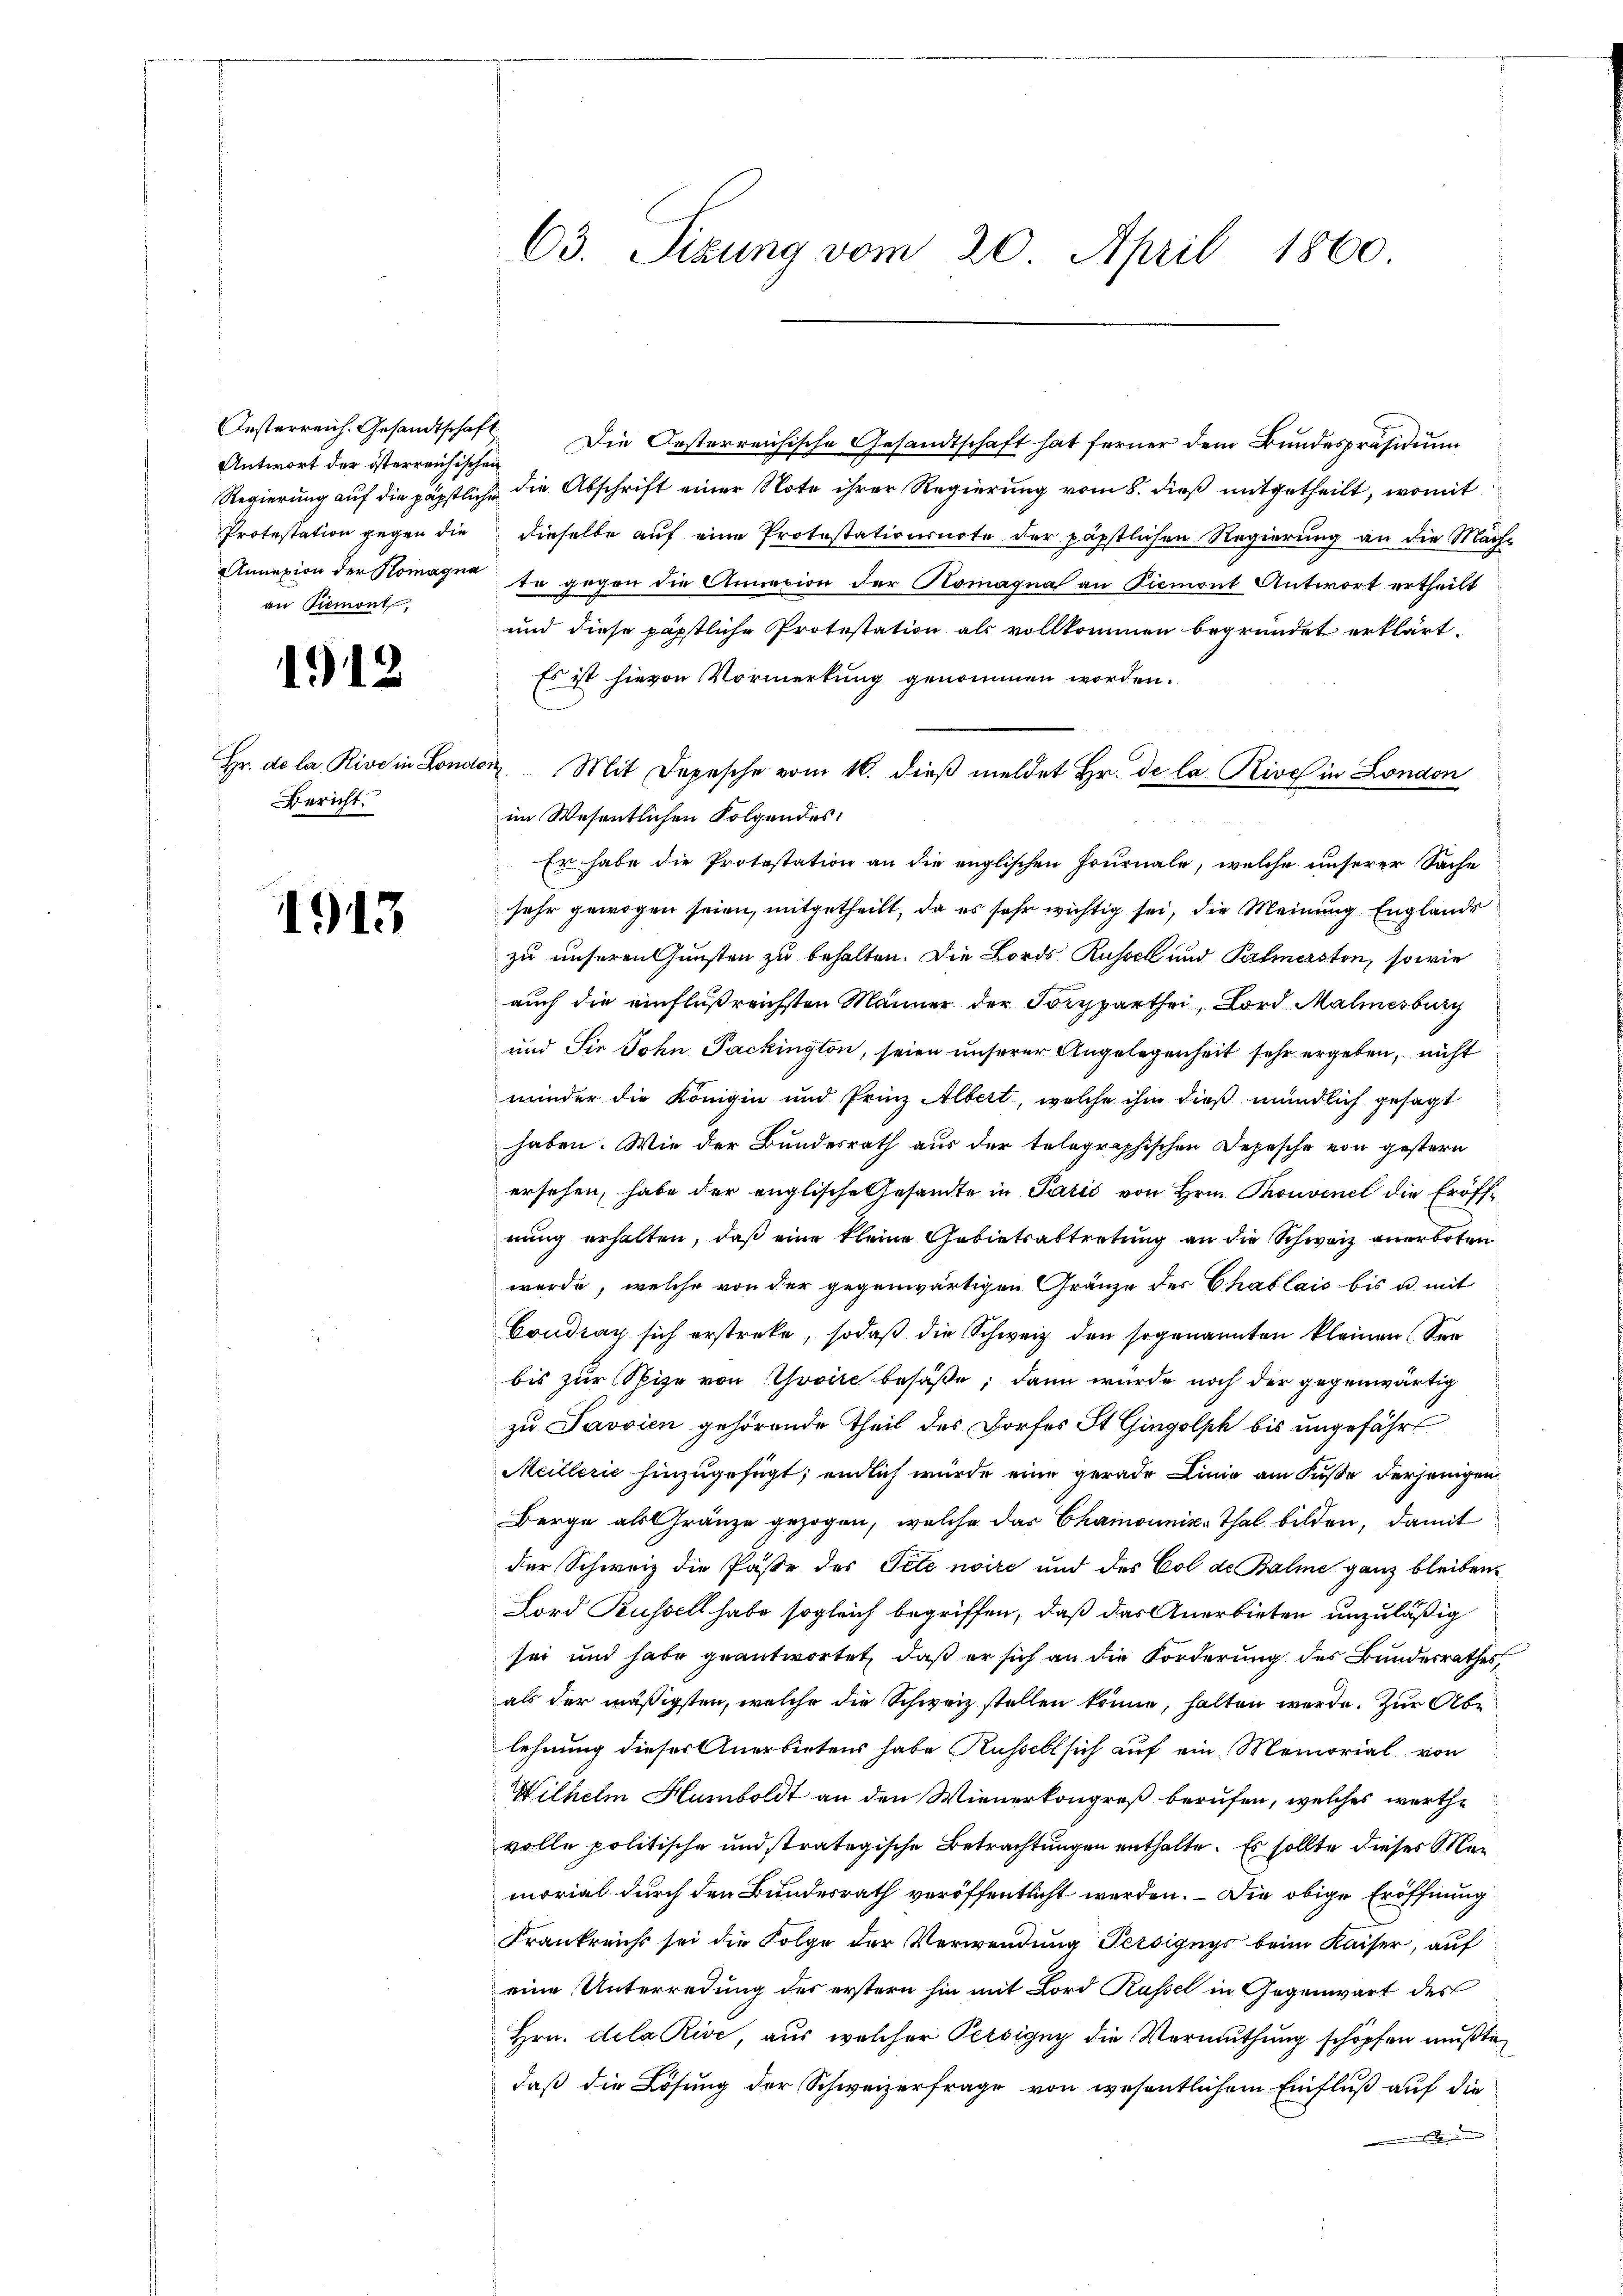
Antwort der österreichischen
Protestation gegen die
an Piemont.

1912

Hr. de la Rive in Lona
Bericht.

1913

Oesterreich. Gesandtschaft. Die Oesterreichische Gesandtschaft hat ferner dem Bŭndespräsidiŭm
Regierung auf die päpstliche die Abschrift einer Note ihrer Regierung vom 8. dieß mitgetheilt, womit
dieselbe auf eine Protestationsnote der päpstlichen Regierung an die Mäch¬
Annexion der Nomagna ta gegen die Annacion der Komagna an Piemont Antwort ertheilt
und diese päpstliche Protestation als vollkommen begründet erklärt,
Es ist hievon Vormerkung genommen worden.
von Mit Depesche vom 16. dieß meldet Hr. de la Rive in London
im Wesentlichen Folgendes:
Er habe die Protestation an die englischen Journale, welche unserer Sache
sehr gewogen seien, mitgetheilt, da es sehr wichtig sei, die Meinung Englands
zu unseren Gunsten zu behalten. Die Bords Russel und Palmersten, sowie
auch die einflußreichsten Männer der Forsparthei, Bord Malmesburg
und Sie John Packington, seien unserer Angelegenheit sehr ergeben, nicht
mieder die Königin und Prinz Albert, welche ihm dieß mündlich gesagt
haben. Wie der Bundesrath aus der telegraphischen Depesche von gestern
ersehen, habe der englische Gesandte in Parić von Hrn. Thonvenel die Eröffnung erhalten, daß eine kleine Gebietsabtretung an die Schweiz anerboten.
werde, welche von der gegenwärtigen Gränze des Chablais bis u. mit
Coudran sich erstreke, sodaß die Schweiz den sogenannten kleinen See
bis zur Spize von Zovire besäße; dann würde noch der gegenwärtig
zu Javvien gehörende Theil des Dorfes St. Gingolph bis ungefährt
Meillerie hinzugefügt; endlich wurde eine gerade Linie am Fuße derjenigen
Berge als Gränze gezogen, welche das Chamounis-Thal bilden, damit
der Schweiz die Pässe des Petenire und des Col de Balme ganz bleiben
Lord Bussell habe sogleich begriffen, daß das Anerbieten unzuläßig
sei und habe geantwortet, daß er sich an die Forderung des Bundesrathes,
als der mäßigsten, welche die Schweiz stellen könne, halten werde. Zur Ablehnung dieser Anerbietens habe Russelt sich auf ein Memorial von
Wilhelm Humboldt an den Wienerkongreß berufen, welches werthe
volle politische und stratigische Betrachtungen enthalte. Es sollte dieses Memorial durch den Bundesrath veröffentlicht werden. – Die obige Eröffnung
Frankreichs sei die Folge der Verwendung Persignys beim Kaiser, auf
eine Unterredung des erstern hin mit Lord Russel in Gegenwart des
Hrn. dila Kive, aus welcher Persigny die Vermuthung schöpfen mußte,
daß die Lösung der Schweizerfrage von wesentlichem Einfluß auf die

63. Sizung vom 20. April 1860.